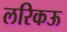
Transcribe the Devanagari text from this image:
लरिकऊ